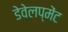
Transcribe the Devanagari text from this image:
डेवेलप्मेंट